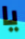
يا